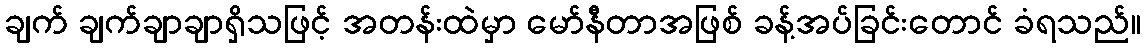
ချက် ချက်ချာချာရှိသဖြင့် အတန်းထဲမှာ မော်နီတာအဖြစ် ခန့်အပ်ခြင်းတောင် ခံရသည်။